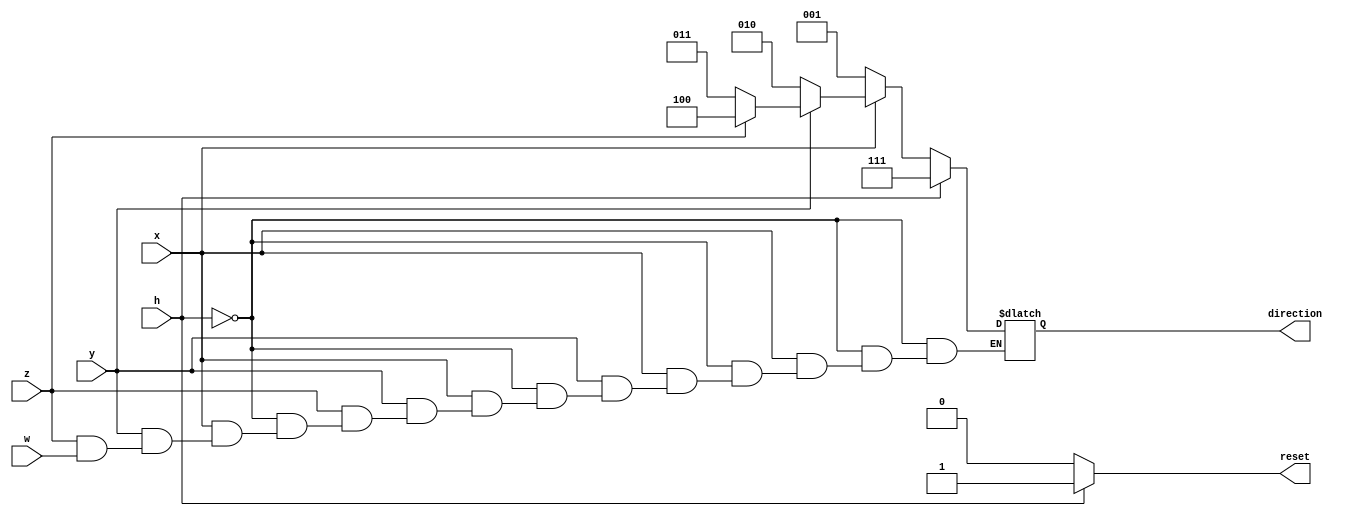
module Controller(x,y,z,w,h, direction, reset);
	
	input  x,y,z,w,h;// W==RIGHT,X==UP,Y==LEFT,Z==DOWN, H==PAUSE Y
	output reg [2:0] direction;
	output reg reset =0; 

	always@(x,y,z,w,h)
begin
	 if(h)
		begin
			reset = 1;
			direction =3'b111;
		end
	else  
			begin
			reset =0 ;
			if(~x)
			direction = 3'b001;
			
			else if(~y)
			direction = 3'b010;
			
			else if(~z)
			 direction = 3'b011;
			else if(~w)
			direction = 3'b100;
			else  
			direction <= direction;
	end	
end
endmodule